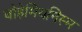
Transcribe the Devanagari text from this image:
बोहेमियनिस्म